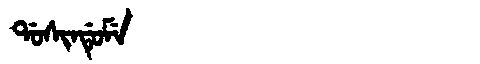
Manchu: ᡩᠣᠰᡳᠨᡩᡠᠮᡝ
Romanization: DOSINDUME